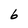
Character: 6